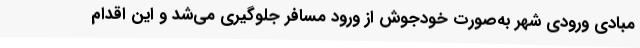
مبادی ورودی شهر به‌صورت خودجوش از ورود مسافر جلوگیری می‌شد و این اقدام